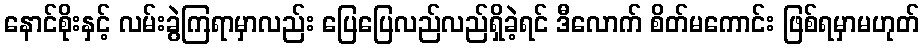
နောင်စိုးနှင့် လမ်းခွဲကြရာမှာလည်း ပြေပြေလည်လည်ရှိခဲ့ရင် ဒီလောက် စိတ်မကောင်း ဖြစ်ရမှာမဟုတ်